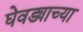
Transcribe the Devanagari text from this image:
घेवड्याच्या